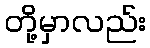
တို့မှာလည်း